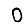
Digit: 0